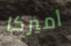
أميركا